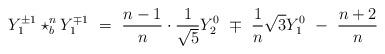
LaTeX: \begin{align*}Y_{1}^{\pm1}\star_{b}^{n}Y_{1}^{\mp1}\ =\ \frac{n-1}{n}\cdot\frac{1}{\sqrt{5}}Y_{2}^{0}\ \mp\ \frac{1}{n}\sqrt{3}Y_{1}^{0}\ -\ \frac{n+2}{n}\ \end{align*}